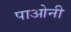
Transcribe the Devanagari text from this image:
पाओनी